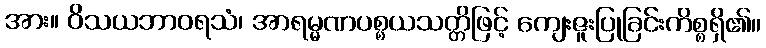
အား။ ဝိသယဘာဝရသံ၊ အာရမ္မဏပစ္စယသတ္တိဖြင့် ကျေးဇူးပြုခြင်းကိစ္စရှိ၏။